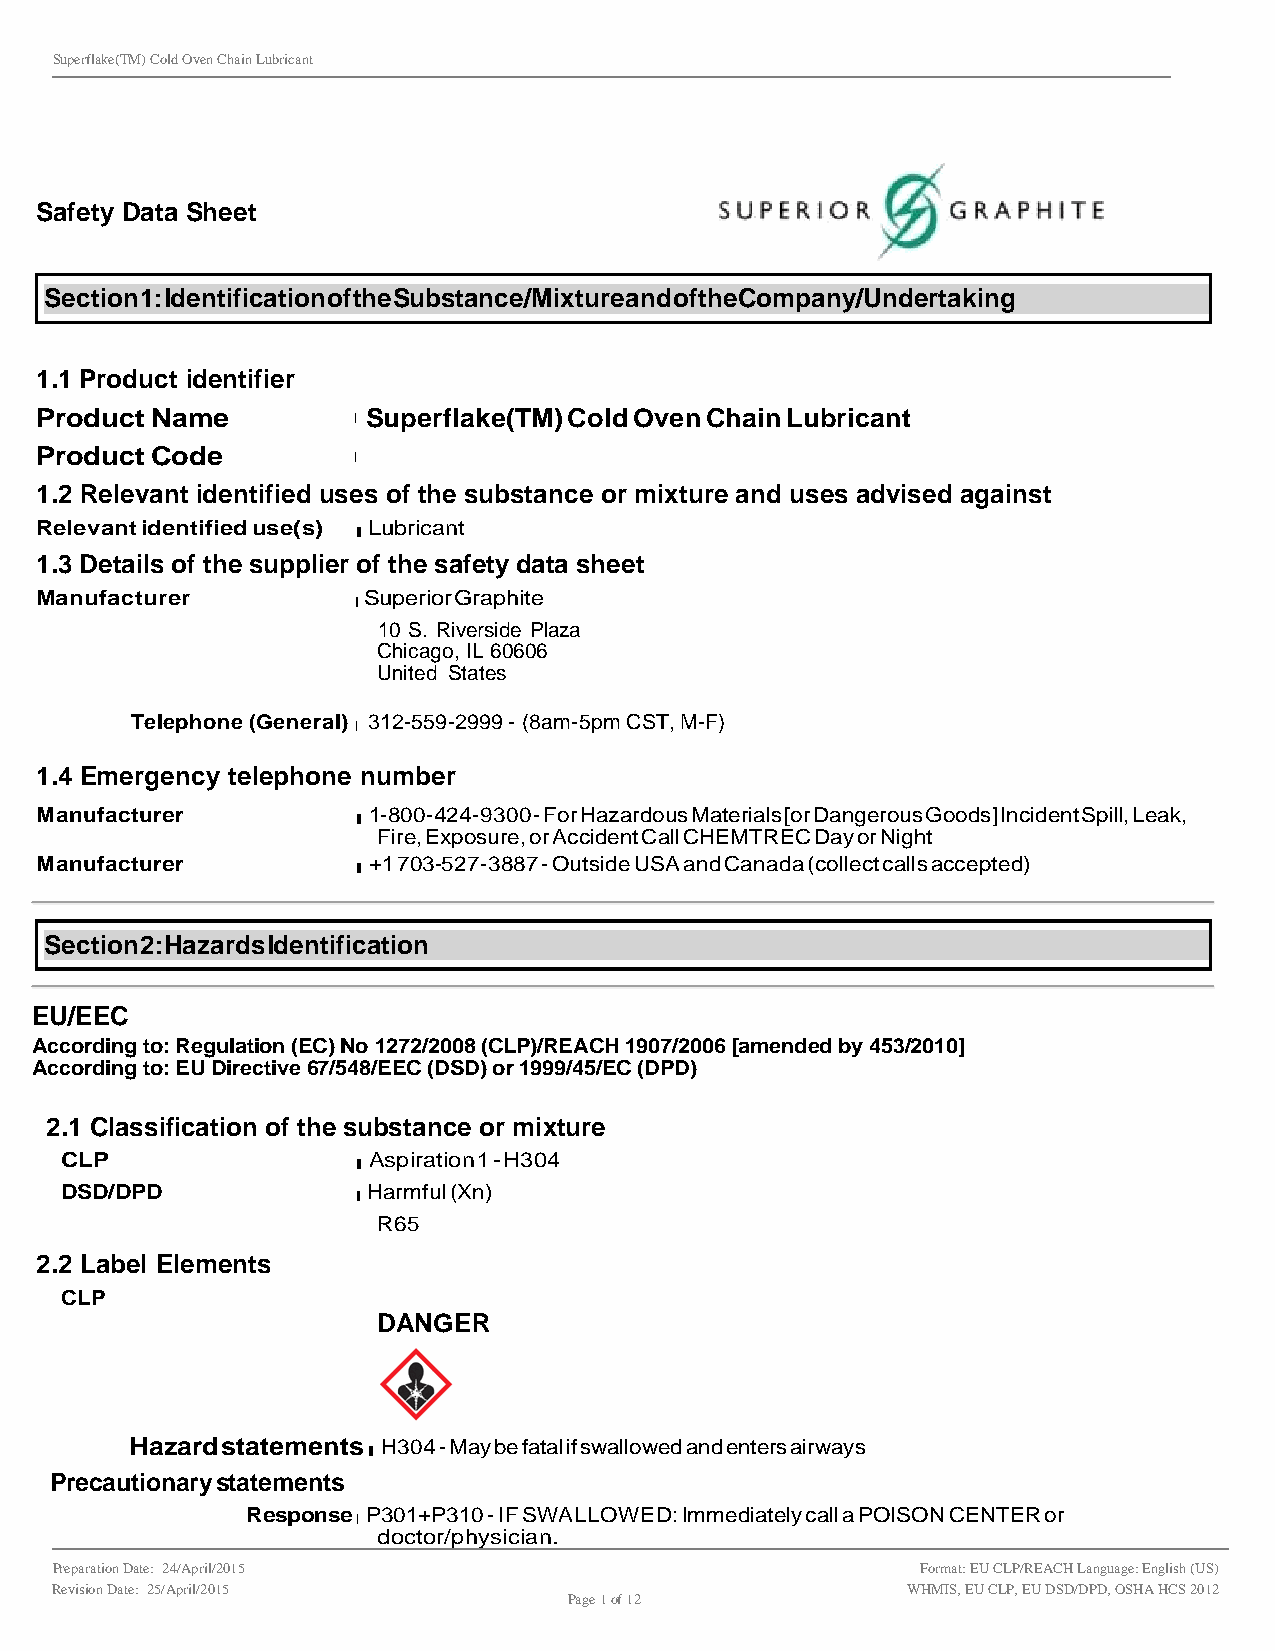
Superflake(TM) Cold Oven Chain Lubricant
 Safety Data Sheet
 Section 1: Identification of the Substance/Mixture and of the Company/Undertaking
 1.1 Product identifier
 Product Name         l Superflake(TM) Cold Oven Chain Lubricant
 Product Code         l
 1.2 Relevant identified uses of the substance or mixture and uses advised against
 Relevant identified use(s) l Lubricant
 1.3 Details of the supplier of the safety data sheet
 Manufacturer         l Superior Graphite
 10 S. Riverside Plaza
 Chicago, IL 60606
 United States
 Telephone (General) l 312-559-2999 - (8am-5pm CST, M-F)
 1.4 Emergency telephone number
 Manufacturer         l 1-800-424-9300 - For Hazardous Materials [or Dangerous Goods] Incident Spill, Leak,
 Fire, Exposure, or Accident Call CHEMTREC Day or Night
 Manufacturer         l +1 703-527-3887 - Outside USA and Canada (collect calls accepted)
 Section 2: Hazards Identification
 EU/EEC
 According to: Regulation (EC) No 1272/2008 (CLP)/REACH 1907/2006 [amended by 453/2010]
 According to: EU Directive 67/548/EEC (DSD) or 1999/45/EC (DPD)
 2.1 Classification of the substance or mixture
 CLP                l Aspiration 1 - H304
 DSD/DPD            l Harmful (Xn)
 R65
 2.2 Label Elements
 CLP
 DANGER
 Hazard statements l H304 - May be fatal if swallowed and enters airways
 Precautionary statements
 Response l P301+P310 - IF SWALLOWED: Immediately call a POISON CENTER or
 doctor/physician.
 Preparation Date: 24/April/2015                           Format: EU CLP/REACH Language: English (US)
 Revision Date: 25/April/2015                             WHMIS, EU CLP, EU DSD/DPD, OSHA HCS 2012
 Page 1 of 12